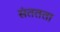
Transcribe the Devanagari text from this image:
संततता